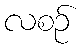
လစဉ်